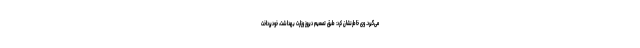
می‌گیرد. وی خاطرنشان کرد: طبق تصمیم دیروز وزارت بهداشت، خودپرداخت